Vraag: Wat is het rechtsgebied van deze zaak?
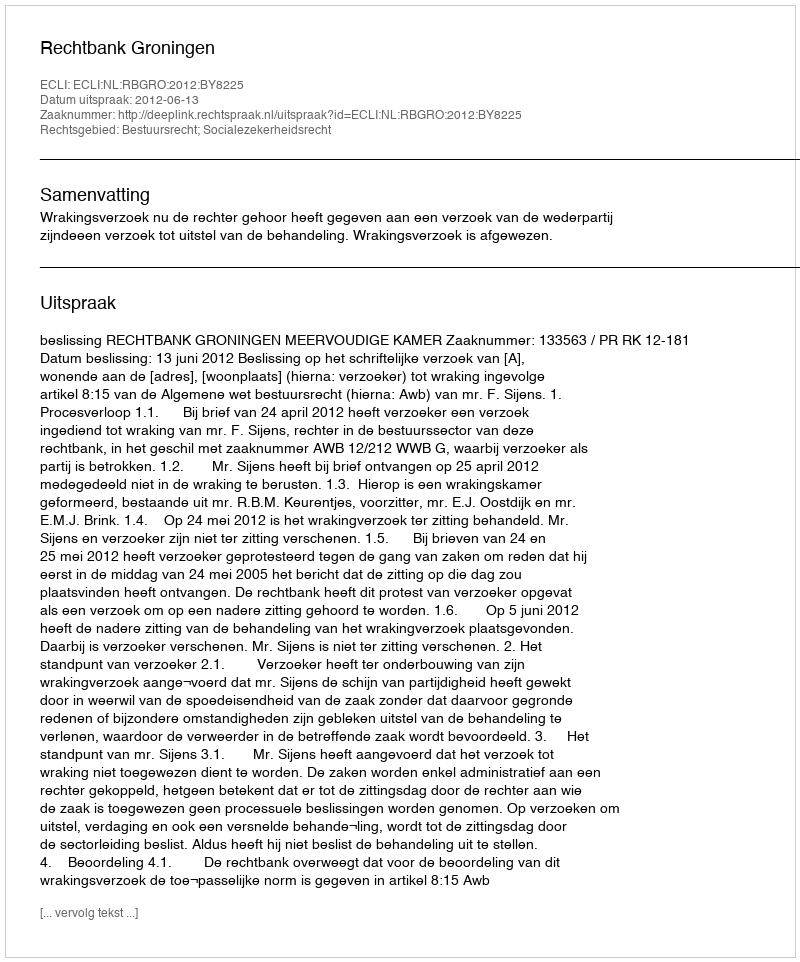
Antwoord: Bestuursrecht; Socialezekerheidsrecht